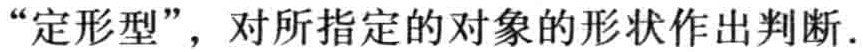
“定形型”，对所指定的对象的形状作出判断.